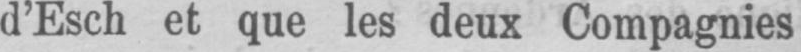
d’Esch et que les deux Compagnies